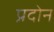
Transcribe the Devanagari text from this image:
प्रदोन